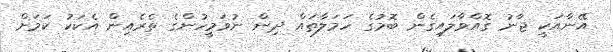
އޭނާއަކީ ޖާނު ގޮއްވާލައިގެން ބޮމުގެ ހަމަލާތައް ދިން ނުވަމީހުންގެ ތެރެއިން އެކަކު ކަމަށް